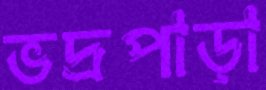
ভদ্রপাড়া